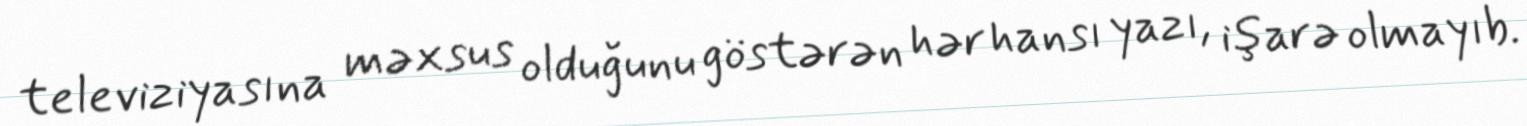
televiziyasına məxsus olduğunu göstərən hər hansı yazı, işarə olmayıb.